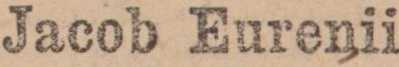
Jacob Eurenii